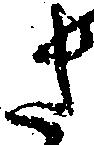
さ